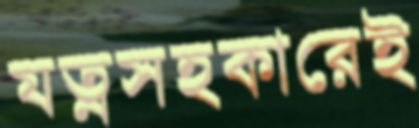
যত্নসহকারেই